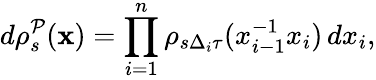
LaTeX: d\rho_{s}^{\mathcal{P}}(\mathbf{x})=\prod_{i=1}^{n}\rho_{s\Delta_{i}\tau}(x_{i-1}^{-1}x_{i})\, dx_{i},